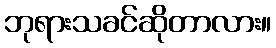
ဘုရားသခင်ဆိုတာလား။